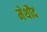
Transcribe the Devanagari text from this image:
मेथौद